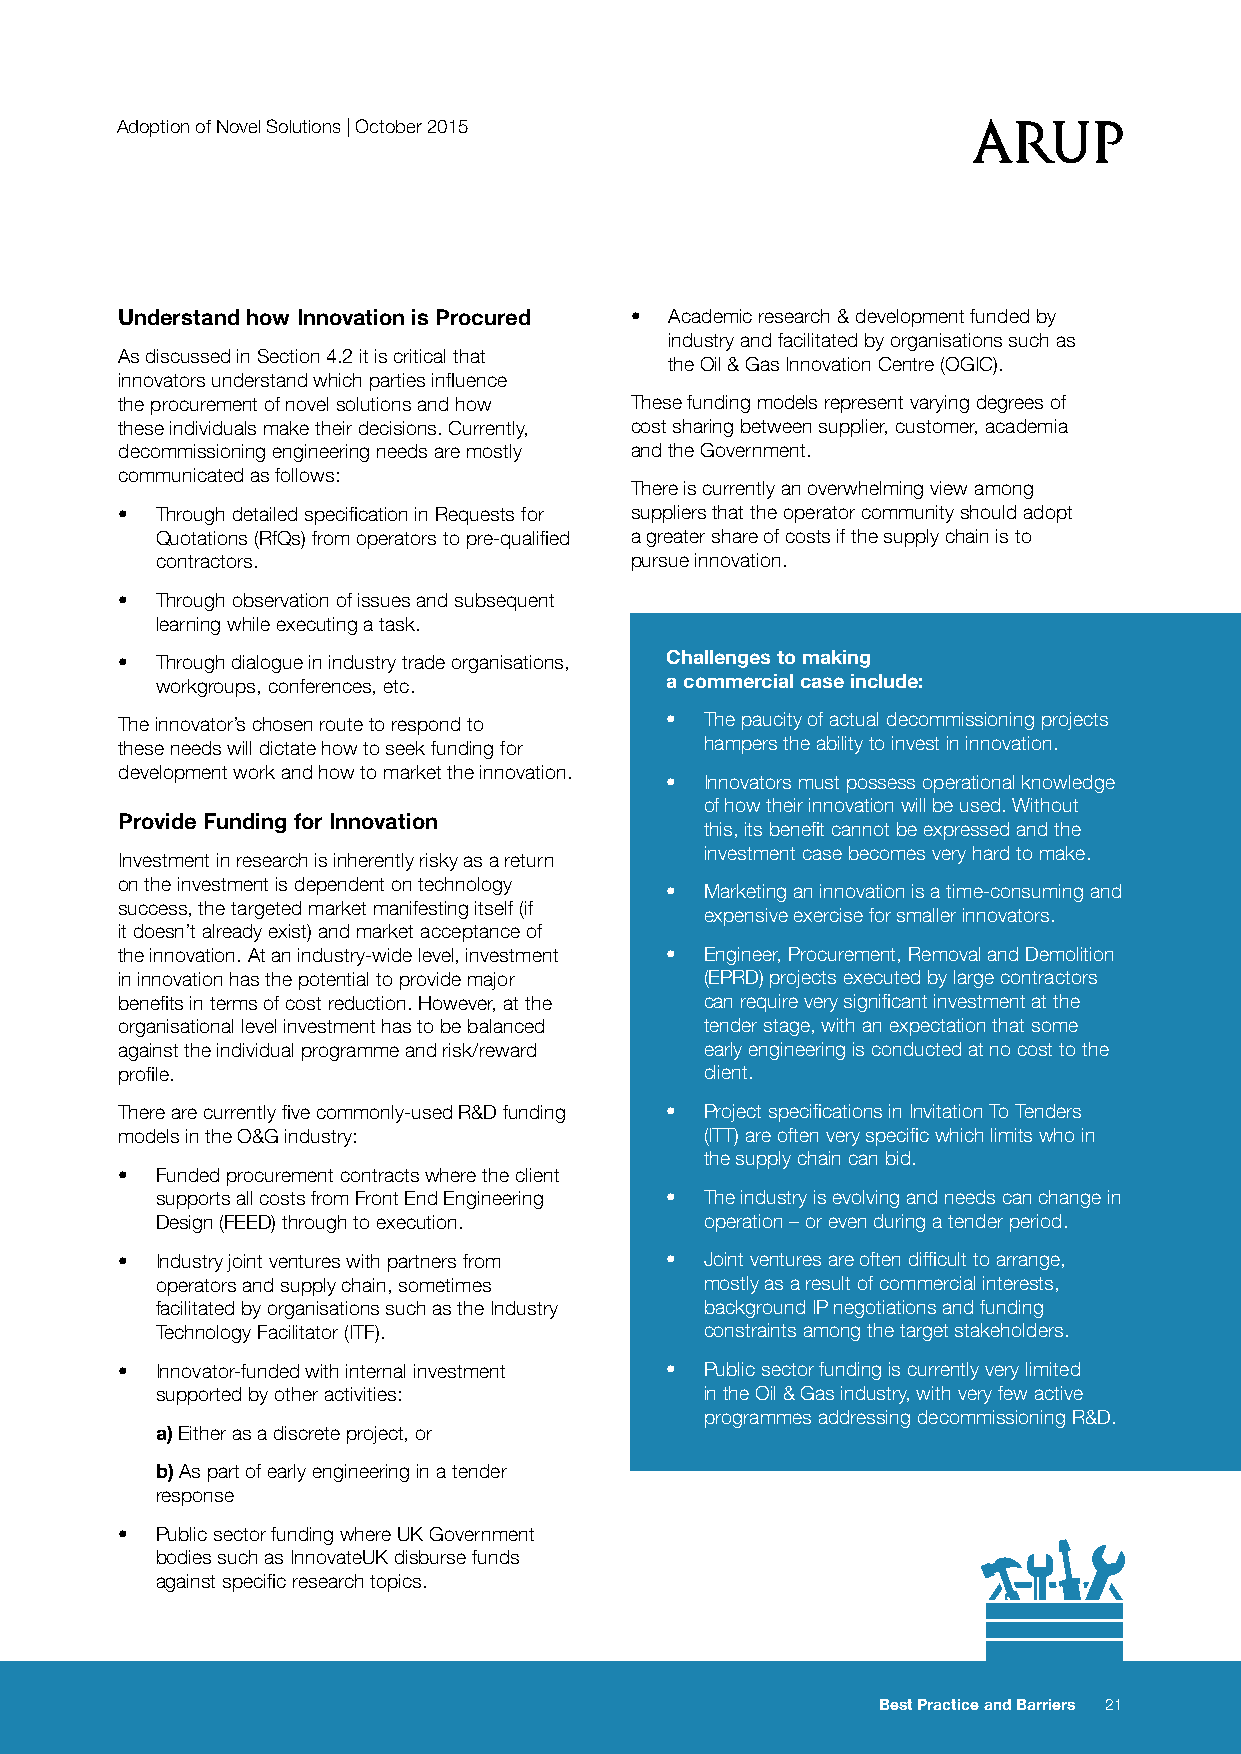
Adoption of Novel Solutions | October 2015
 Understand how Innovation is Procured • Academic research & development funded by
 industry and facilitated by organisations such as
 As discussed in Section 4.2 it is critical that
 the Oil & Gas Innovation Centre (OGIC).
 innovators understand which parties influence
 the procurement of novel solutions and how These funding models represent varying degrees of
 these individuals make their decisions. Currently, cost sharing between supplier, customer, academia
 decommissioning engineering needs are mostly and the Government.
 communicated as follows:
 There is currently an overwhelming view among
 • Through detailed specification in Requests for suppliers that the operator community should adopt
 Quotations (RfQs) from operators to pre-qualified a greater share of costs if the supply chain is to
 contractors.                    pursue innovation.
 • Through observation of issues and subsequent
 learning while executing a task.
 • Through dialogue in industry trade organisations, Challenges to making
 workgroups, conferences, etc.     a commercial case include:
 The innovator’s chosen route to respond to • The paucity of actual decommissioning projects
 these needs will dictate how to seek funding for hampers the ability to invest in innovation.
 development work and how to market the innovation.
 •  Innovators must possess operational knowledge
 of how their innovation will be used. Without
 Provide Funding for Innovation
 this, its benefit cannot be expressed and the
 investment case becomes very hard to make.
 Investment in research is inherently risky as a return
 on the investment is dependent on technology
 •  Marketing an innovation is a time-consuming and
 success, the targeted market manifesting itself (if
 expensive exercise for smaller innovators.
 it doesn’t already exist) and market acceptance of
 the innovation. At an industry-wide level, investment • Engineer, Procurement, Removal and Demolition
 in innovation has the potential to provide major (EPRD) projects executed by large contractors
 benefits in terms of cost reduction. However, at the can require very significant investment at the
 organisational level investment has to be balanced tender stage, with an expectation that some
 against the individual programme and risk/reward early engineering is conducted at no cost to the
 profile.                               client.
 There are currently five commonly-used R&D funding • Project specifications in Invitation To Tenders
 models in the O&G industry:            (ITT) are often very specific which limits who in
 the supply chain can bid.
 • Funded procurement contracts where the client
 supports all costs from Front End Engineering • The industry is evolving and needs can change in
 Design (FEED) through to execution.  operation – or even during a tender period.
 • Industry joint ventures with partners from • Joint ventures are often difficult to arrange,
 operators and supply chain, sometimes mostly as a result of commercial interests,
 facilitated by organisations such as the Industry background IP negotiations and funding
 Technology Facilitator (ITF).        constraints among the target stakeholders.
 • Innovator-funded with internal investment • Public sector funding is currently very limited
 supported by other activities:       in the Oil & Gas industry, with very few active
 programmes addressing decommissioning R&D.
 a) Either as a discrete project, or
 b) As part of early engineering in a tender
 response
 • Public sector funding where UK Government
 bodies such as InnovateUK disburse funds
 against specific research topics.
 Best Practice and Barriers 21